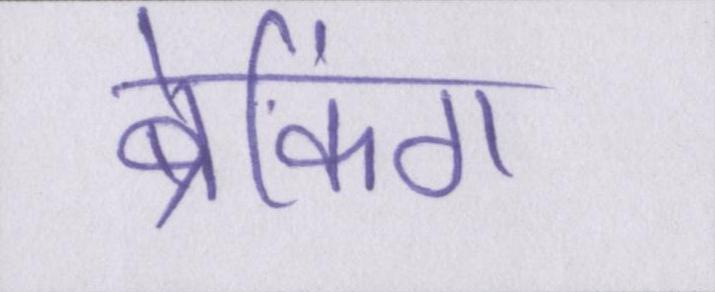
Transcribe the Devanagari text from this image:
ब्रेकिंग